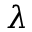
\lambda